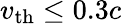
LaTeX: v_{\mathrm{th}}\leq 0.3c